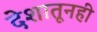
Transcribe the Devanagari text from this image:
देशातूनही